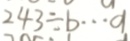
2 4 3 \div b \cdots a